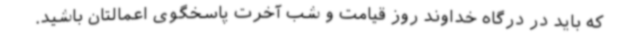
که باید در درگاه خداوند روز قیامت و شب آخرت پاسخگوی اعمالتان باشید.